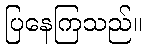
ပြနေကြသည်။